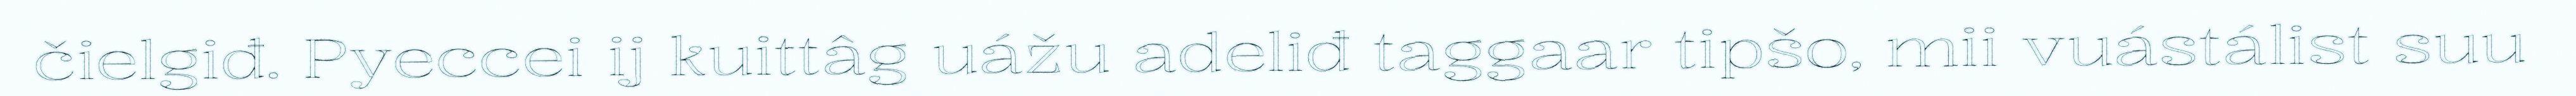
čielgiđ. Pyeccei ij kuittâg uážu adeliđ taggaar tipšo, mii vuástálist suu